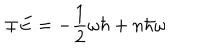
\mp E = - \frac { 1 } { 2 } \omega \hbar + n \hbar \omega